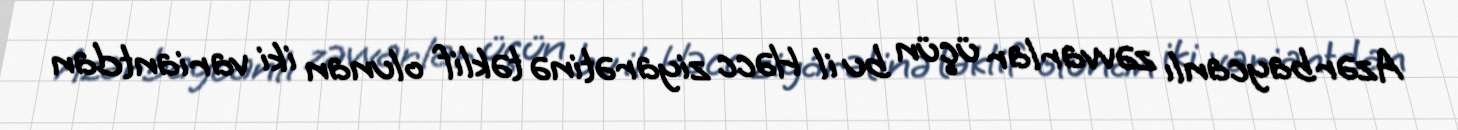
Azərbaycanlı zəvvarlar üçün bu il Həcc ziyarətinə təklif olunan iki variantdan